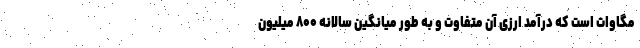
مگاوات است که درآمد ارزی آن متفاوت و به طور میانگین سالانه ۸۰۰ میلیون